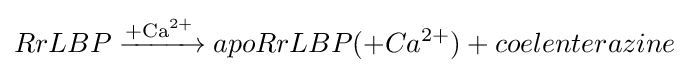
RrLBP{\ce {->[{\ce {+Ca^{2+}}}]}}apoRrLBP(+Ca^{2+})+coelenterazine